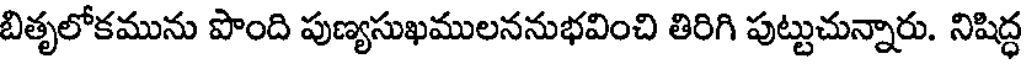
బితృలోకమును పొంది పుణ్యసుఖములననుభవించి తిరిగి పుట్టుచున్నారు. నిషిద్ధ